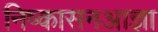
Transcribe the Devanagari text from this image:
निष्कासनआज्ञा